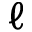
\ell